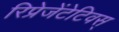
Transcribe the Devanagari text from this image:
रिप्रेजेंटेटिवस्